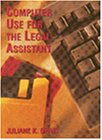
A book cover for Computer Use for the Legal Assistant :; Juliane Kay Ghazi; Law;